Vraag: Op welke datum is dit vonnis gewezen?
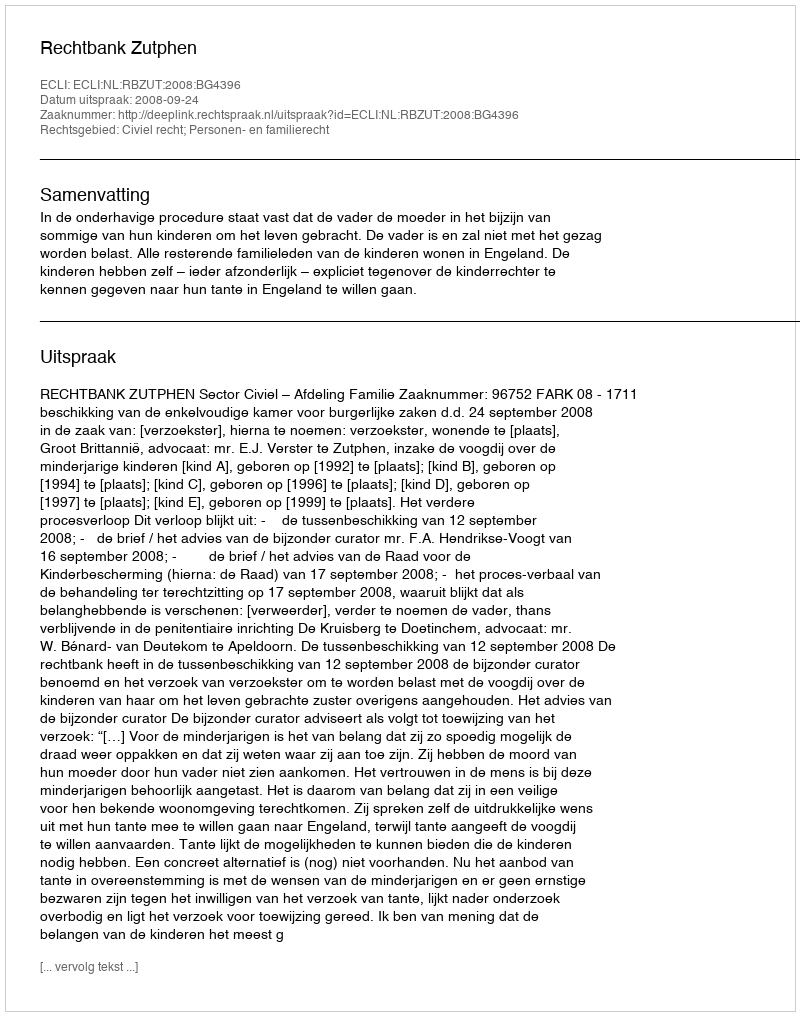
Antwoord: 2008-09-24